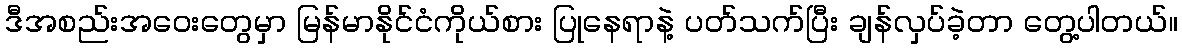
ဒီအစည်းအဝေးတွေမှာ မြန်မာနိုင်ငံကိုယ်စား ပြုနေရာနဲ့ ပတ်သက်ပြီး ချန်လှပ်ခဲ့တာ တွေ့ပါတယ်။